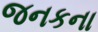
જનકના